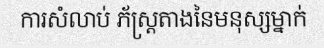
ការសំលាប់ ភ័ស្ត្រតាងនៃមនុស្សម្នាក់